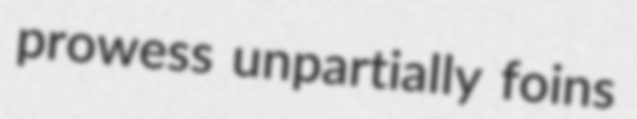
prowess unpartially foins